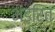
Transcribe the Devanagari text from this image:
भंडरित